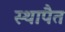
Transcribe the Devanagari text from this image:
स्थापैत